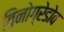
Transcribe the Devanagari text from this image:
विनोग्रेडोव